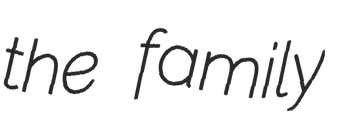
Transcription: the family